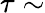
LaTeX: \tau\sim